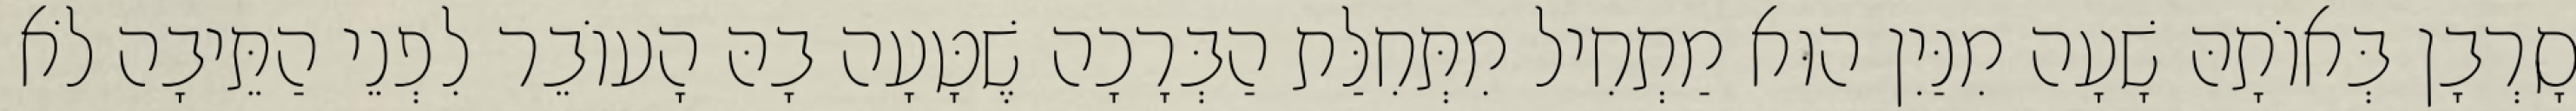
סָרְבָן בְּאוֹתָהּ שָׁעָה מִנַּיִן הוּא מַתְחִיל מִתְּחִלַּת הַבְּרָכָה שֶׁטָּעָה בָהּ הָעוֹבֵר לִפְנֵי הַתֵּיבָה לֹא